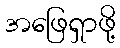
အဖြေရှာဖို့